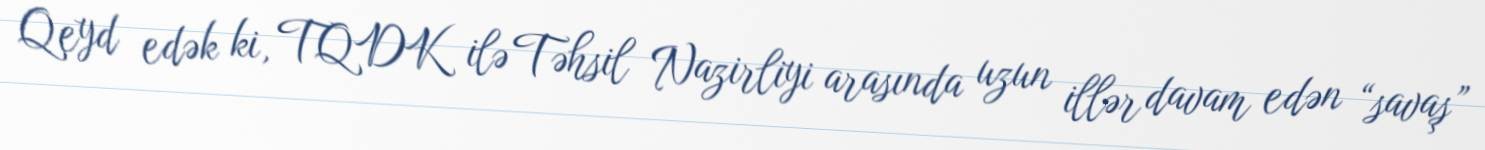
Qeyd edək ki, TQDK ilə Təhsil Nazirliyi arasında uzun illər davam edən “savaş”